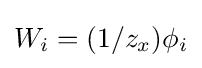
W_{i}=(1/z_{x})\phi _{i}